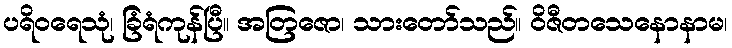
ပရိဝရေသုံ၊ ခြံရံကုန်ပြီ။ အတြဇော၊ သားတော်သည်။ ဝိဇီတသေနောနာမ၊